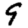
Digit: 9